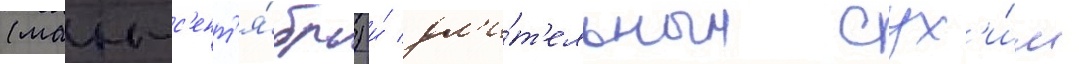
(маи-с'ент'я́брь) и́ дл'и́т'ельным сух'и́м